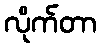
လိုက်တာ